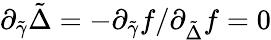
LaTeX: \partial_{\tilde{\gamma}}\tilde{\Delta}=-\partial_{\tilde{\gamma}}f/\partial_{\tilde{\Delta}}f=0